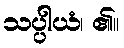
သပ္ပါယံ၊ ၏။